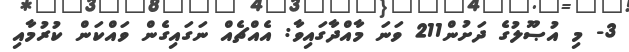
3- މި އުޞޫލުގެ ދަށުން211 ވަނަ މާއްދާގައިވާ: އެއްޗެއް ނަގައިގެން ވައްކަން ކުރުމާއި